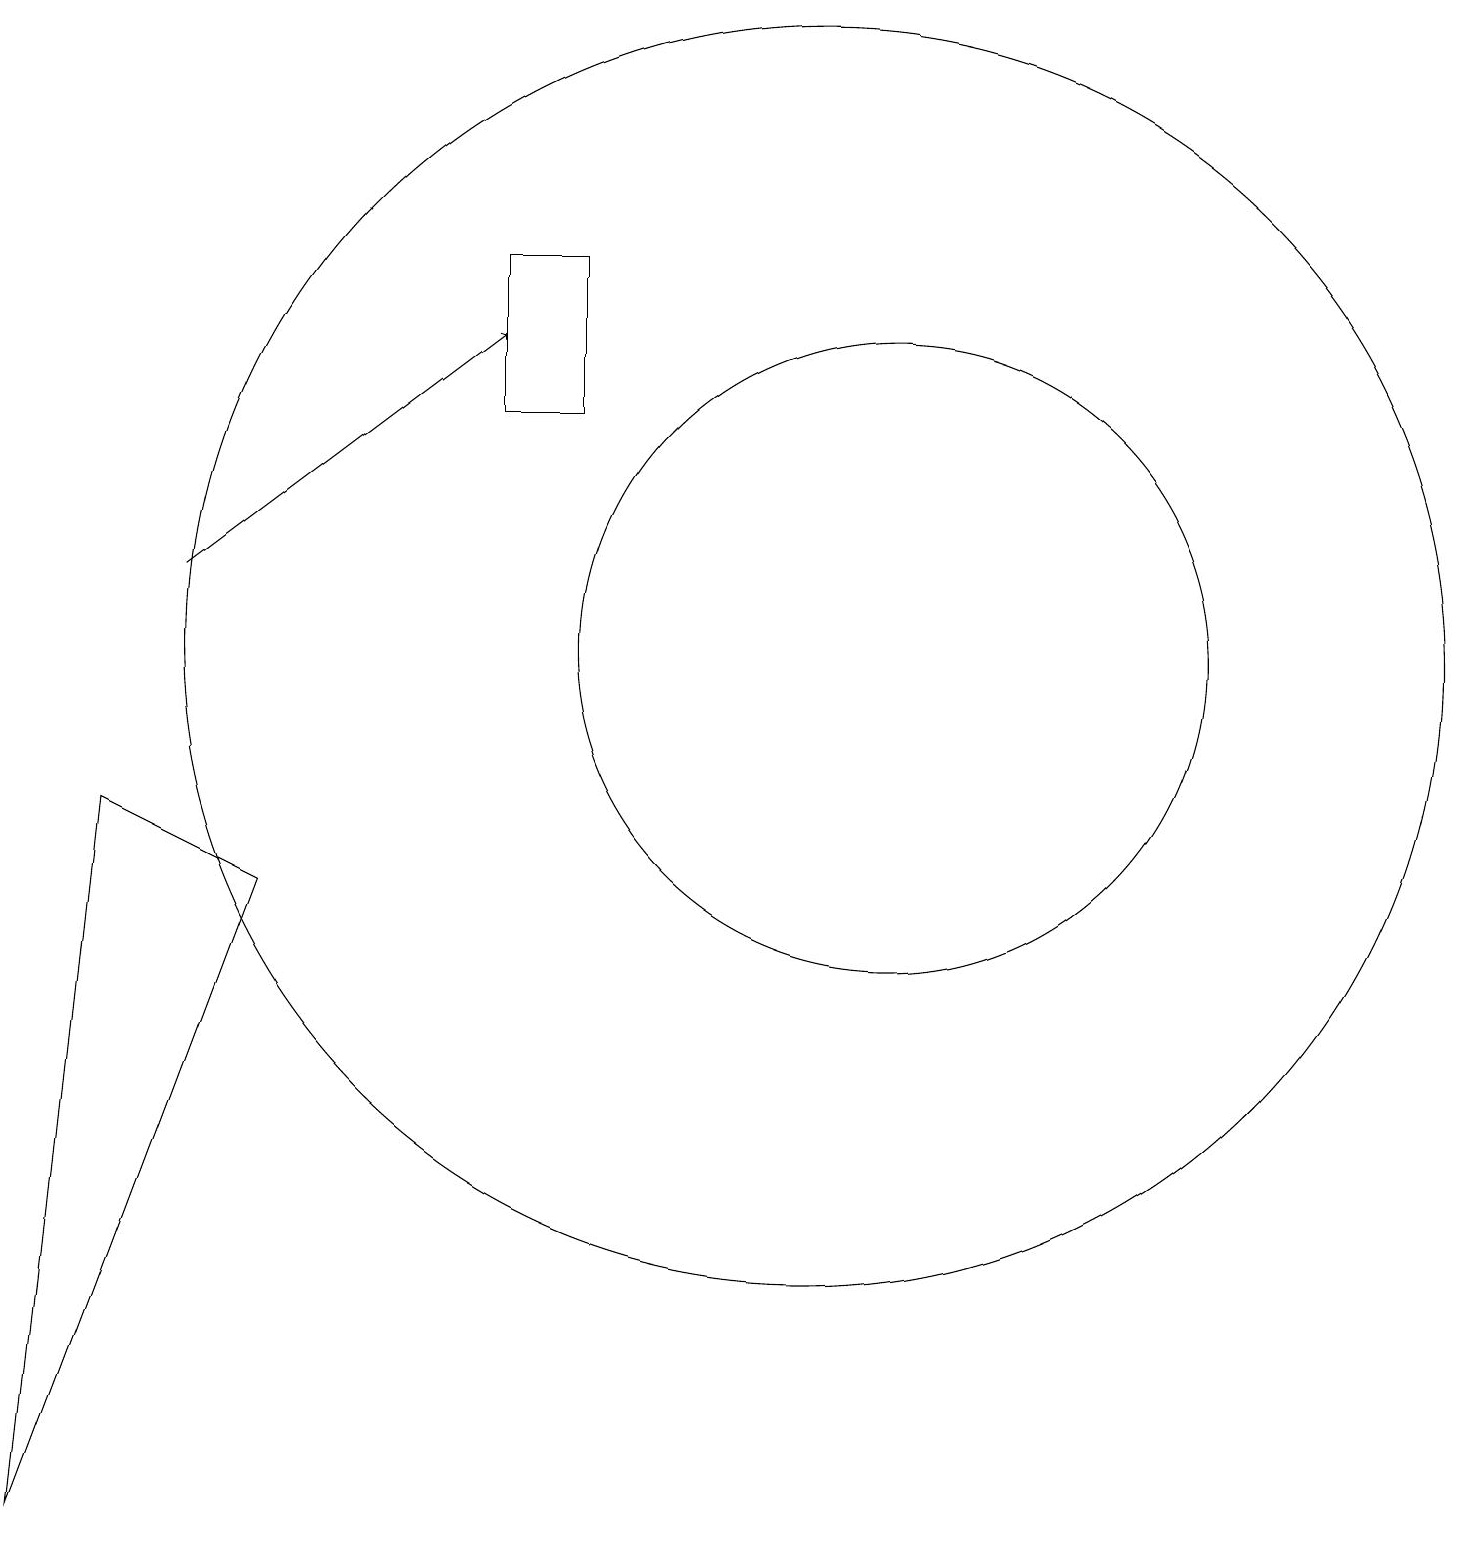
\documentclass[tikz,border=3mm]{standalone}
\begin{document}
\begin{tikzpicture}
\draw (1,9) -- (3,8) -- (0,0) -- cycle;
\draw (11,11) circle (4);
\draw[->] (2,12) -- (6,15);
\draw (10,11) circle (8);
\draw (6,14) rectangle (7,16);
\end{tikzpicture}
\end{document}